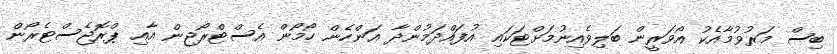
ބިސް މަރުވުމާއެކު އޯވަރީން ބަލިވެއިނުމަށްޓަކައި އުފައްދަމުންދާ އަންހެން ހޯމޯން އެސްޓްރޯޖިން އާއި ޕްރޮޖެސްޓެރޯން